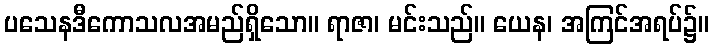
ပသေနဒီကောသလအမည်ရှိသော။ ရာဇာ၊ မင်းသည်။ ယေန၊ အကြင်အရပ်၌။